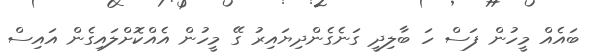
ބައެއް މީހުން ފަސް ހަ ބާލިދީ ގަނެގެންދިޔައިރު ގޭ މީހުން އެއްކޮށްލައިގެން އައިސް